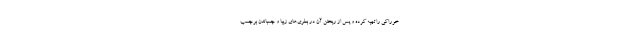
خوراکی را تهیه کرده و پس از ریختن آن در بطری‌های زیبا و چسباندن برچسب